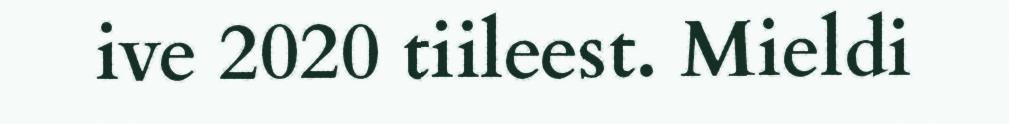
ive 2020 tiileest. Mieldi